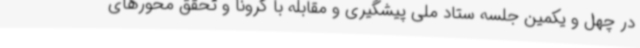
در چهل و یکمین جلسه ستاد ملی پیشگیری و مقابله با کرونا و تحقق محورهای